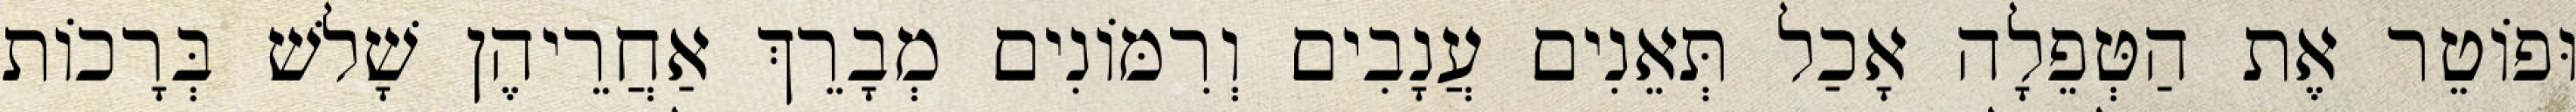
וּפוֹטֵר אֶת הַטְּפֵלָה אָכַל תְּאֵנִים עֲנָבִים וְרִמּוֹנִים מְבָרֵךְ אַחֲרֵיהֶן שָׁלשׁ בְּרָכוֹת